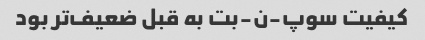
کیفیت سوپ-ن-بت به قبل ضعیف‌تر بود